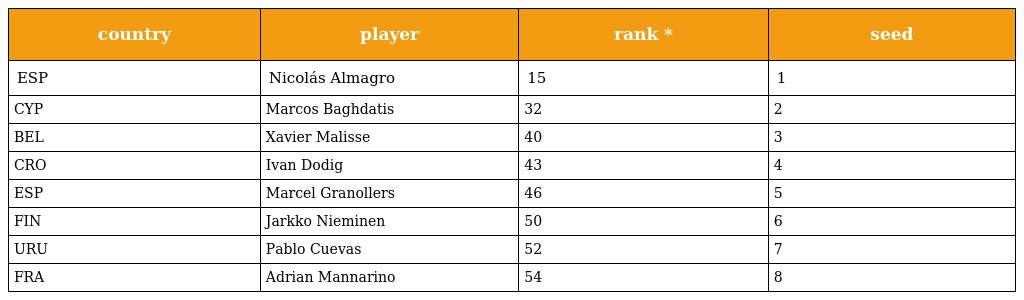
| country | player | rank * | seed |
 | --- | --- | --- | --- |
 | ESP | Nicolás Almagro | 15 | 1 |
 | CYP | Marcos Baghdatis | 32 | 2 |
 | BEL | Xavier Malisse | 40 | 3 |
 | CRO | Ivan Dodig | 43 | 4 |
 | ESP | Marcel Granollers | 46 | 5 |
 | FIN | Jarkko Nieminen | 50 | 6 |
 | URU | Pablo Cuevas | 52 | 7 |
 | FRA | Adrian Mannarino | 54 | 8 |